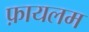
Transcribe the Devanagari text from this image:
फ़ायलम